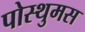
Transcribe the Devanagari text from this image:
पोस्थुमस